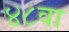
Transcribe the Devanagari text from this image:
४८वा